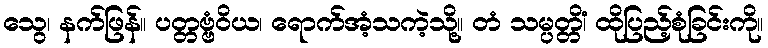
သွေ၊ နက်ဖြန်။ ပတ္တဗ္ဗံဝိယ၊ ရောက်အံ့သကဲ့သို့။ တံ သမ္ပတ္တိံ၊ ထိုပြည့်စုံခြင်းကို။